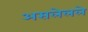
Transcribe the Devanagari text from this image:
असलेलले